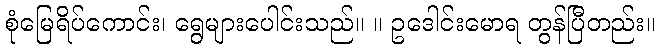
စုံမြေရိပ်ကောင်း၊ ရွေများပေါင်းသည်။ ။ ဥဒေါင်းမောရ တွန်ပြီတည်း။